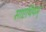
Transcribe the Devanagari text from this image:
साएथियम्‌